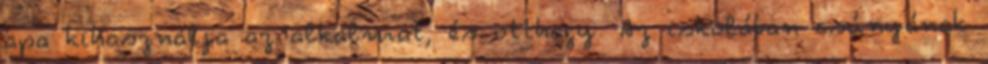
apa kihasználja az alkalmat, és otthagy. Az iskolában csúnyának